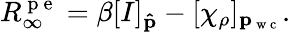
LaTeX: R_{\infty}^{\mathrm{~p~e~}}=\beta[I]_{\mathbf{\hat{p}}}-[\chi_{\rho}]_{\mathbf{p}_{\mathrm{~w~c~}}}.